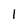
Character: 1